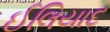
ઈલિયાદ